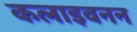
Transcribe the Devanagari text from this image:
कलाइवनन